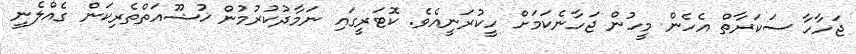
ޖަހާހާ ސަކަރާތް އެހެން މީހުން ޖަހާނެކަމަށް ހީކުރަނީއެވެ. ކޮޓަރީގައި ނަމާދުކުރުމުން ޚުޝޫއަތްތެރިކަން ގެއްލެނީ